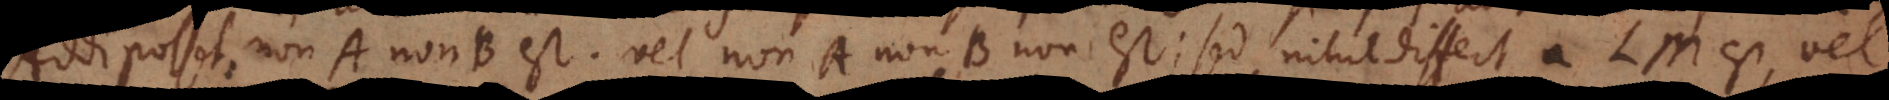
putet: Addi posset: non‐A non‐B est, vel non‐A non‐B non est; sed nihil differt a LM est, v